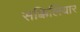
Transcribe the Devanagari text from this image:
सक्किलियार